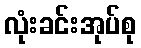
လုံးခင်းအုပ်စု